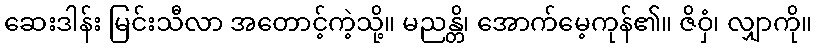
ဆေးဒါန်း မြင်းသီလာ အတောင့်ကဲ့သို့။ မညန္တိ၊ အောက်မေ့ကုန်၏။ ဇိဝှံ၊ လျှာကို။